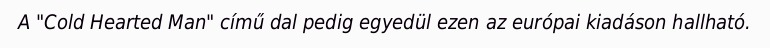
A "Cold Hearted Man" című dal pedig egyedül ezen az európai kiadáson hallható.